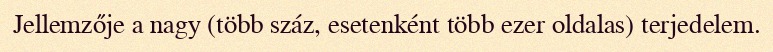
Jellemzője a nagy (több száz, esetenként több ezer oldalas) terjedelem.